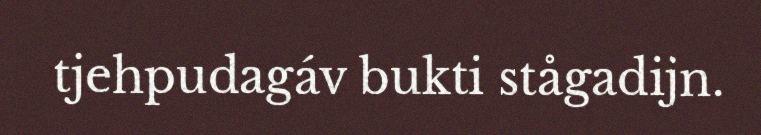
tjehpudagáv bukti stågadijn.